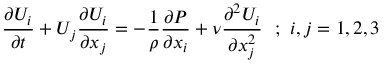
{ \frac { \partial U _ { i } } { \partial t } } + U _ { j } { \frac { \partial U _ { i } } { \partial x _ { j } } } = - { \frac { 1 } { \rho } } { \frac { \partial P } { \partial x _ { i } } } + \nu { \frac { \partial ^ { 2 } U _ { i } } { \partial x _ { j } ^ { 2 } } } ~ ~ ; ~ i , j = 1 , 2 , 3